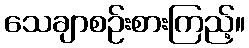
သေချာစဉ်းစားကြည့်။